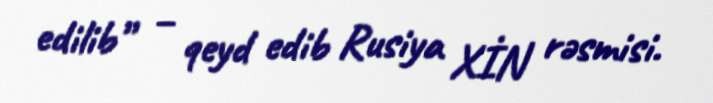
edilib” – qeyd edib Rusiya XİN rəsmisi.